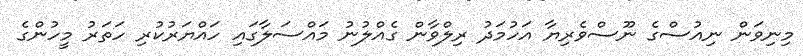
މިނިވަން ނިއުސްގެ ނޫސްވެރިޔާ އަހުމަދު ރިލްވާން ގެއްލުނު މައްސަލާގައި ހައްޔަރުކުރި ހަތަރު މީހުންގެ